Scientific memoirs by medical officers of the Army of India - Part VI,
Year: 1891
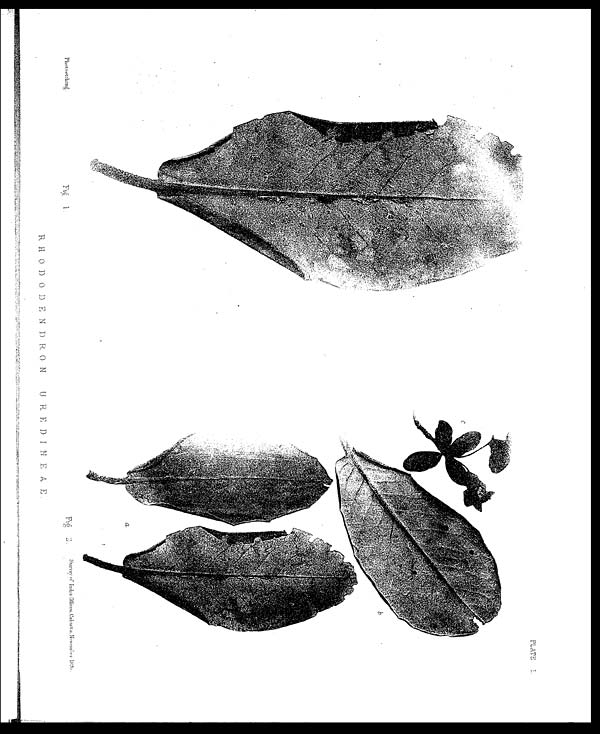
Photo-etching.
R H O D O D E N D R O N U R E D I N E A E .
S u r v e y o f I n d i a O f f i c e s , C a l c u t t a . N o v e m b e r 1 8 9 6 .
P L A T E i .